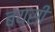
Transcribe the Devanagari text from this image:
बयसी